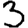
Digit: 3